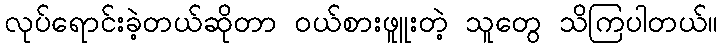
လုပ်ရောင်းခဲ့တယ်ဆိုတာ ဝယ်စားဖူူးတဲ့ သူတွေ သိကြပါတယ်။